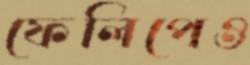
ফেলিপেও